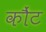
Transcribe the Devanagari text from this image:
कौंट